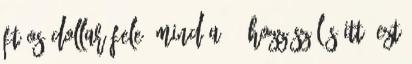
ft-os dollar fele. Mind a 27 hozzászólás itt. Ezt